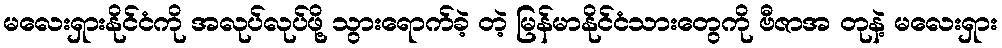
မလေးရှားနိုင်ငံကို အလုပ်လုပ်ဖို့ သွားရောက်ခဲ့ တဲ့ မြန်မာနိုင်ငံသားတွေကို ဗီဇာအ တုနဲ့ မလေးရှား